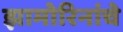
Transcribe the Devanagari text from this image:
झामोरिनांचे